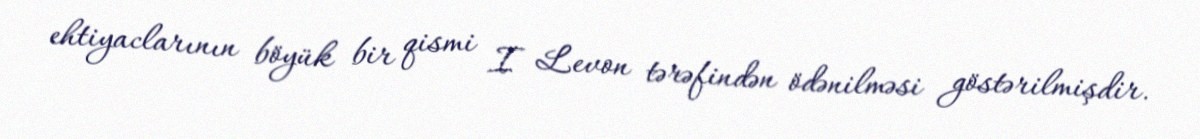
ehtiyaclarının böyük bir qismi I Levon tərəfindən ödənilməsi göstərilmişdir.